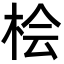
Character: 桧